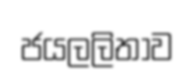
ජයලලිතාව